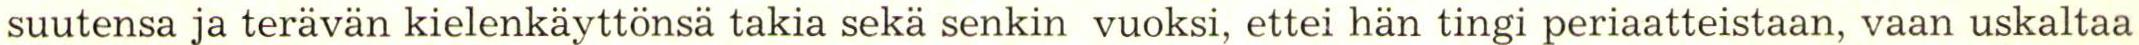
suutensa ja terävän kielenkäyttönsä takia seka senkin vuoksi, ettei hän tingi periaatteistaan, vaan uskaltaa